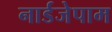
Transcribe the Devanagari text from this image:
नार्डजेपाम